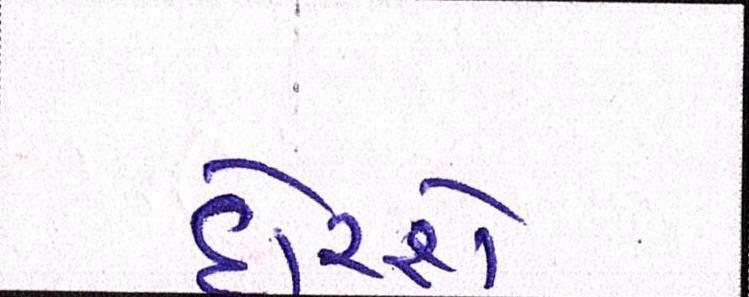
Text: દોરશે